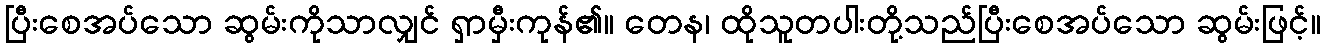
ပြီးစေအပ်သော ဆွမ်းကိုသာလျှင် ရှာမှီးကုန်၏။ တေန၊ ထိုသူတပါးတို့သည်ပြီးစေအပ်သော ဆွမ်းဖြင့်။